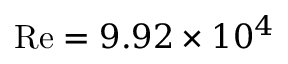
\mathrm { R e } = 9 . 9 2 \times 1 0 ^ { 4 }